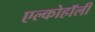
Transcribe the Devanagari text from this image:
एल्कोहॉली